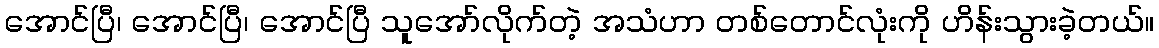
အောင်ပြီ၊ အောင်ပြီ၊ အောင်ပြီ သူအော်လိုက်တဲ့ အသံဟာ တစ်တောင်လုံးကို ဟိန်းသွားခဲ့တယ်။